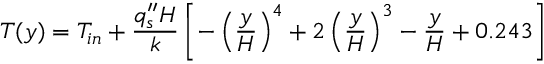
T ( y ) = T _ { i n } + \frac { q _ { s } ^ { \prime \prime } H } { k } \left[ - \left( \frac { y } { H } \right) ^ { 4 } + 2 \left( \frac { y } { H } \right) ^ { 3 } - \frac { y } { H } + 0 . 2 4 3 \right]